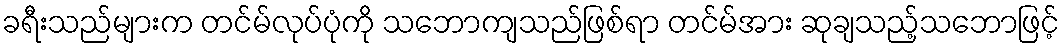
ခရီးသည်များက တင်မ်လုပ်ပုံကို သဘောကျသည်ဖြစ်ရာ တင်မ်အား ဆုချသည့်သဘောဖြင့်